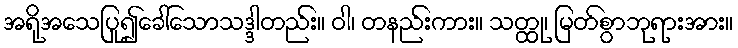
အရိုအသေပြု၍ခေါ်သောသဒ္ဒါတည်း။ ဝါ၊ တနည်းကား။ သတ္ထု၊ မြတ်စွာဘုရားအား။